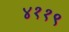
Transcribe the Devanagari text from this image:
४११९